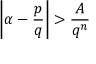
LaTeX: \left| \alpha - { \frac { p } { q } } \right| > { \frac { A } { q ^ { n } } }